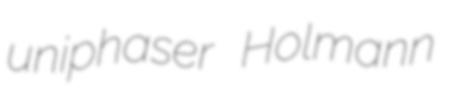
uniphaser Holmann